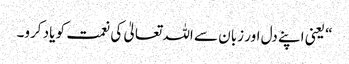
“ یعنی اپنے دل اور زبان سے اللہ تعالیٰ کی نعمت کو یاد کرو۔